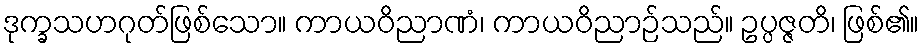
ဒုက္ခသဟဂုတ်ဖြစ်သော။ ကာယဝိညာဏံ၊ ကာယဝိညာဉ်သည်။ ဥပ္ပဇ္ဇတိ၊ ဖြစ်၏။